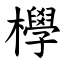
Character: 㰒